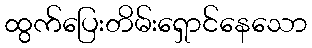
ထွက်ပြေးတိမ်းရှောင်နေသော